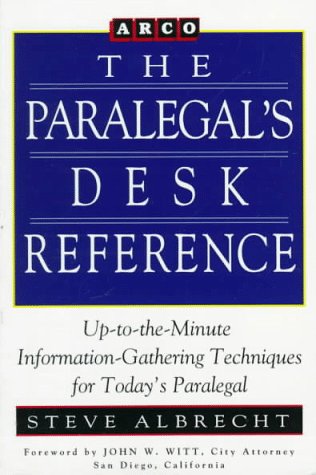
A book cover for Paralegal Desk Reference 1E (Paralegal's Desk Reference); Arco; Business & Money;